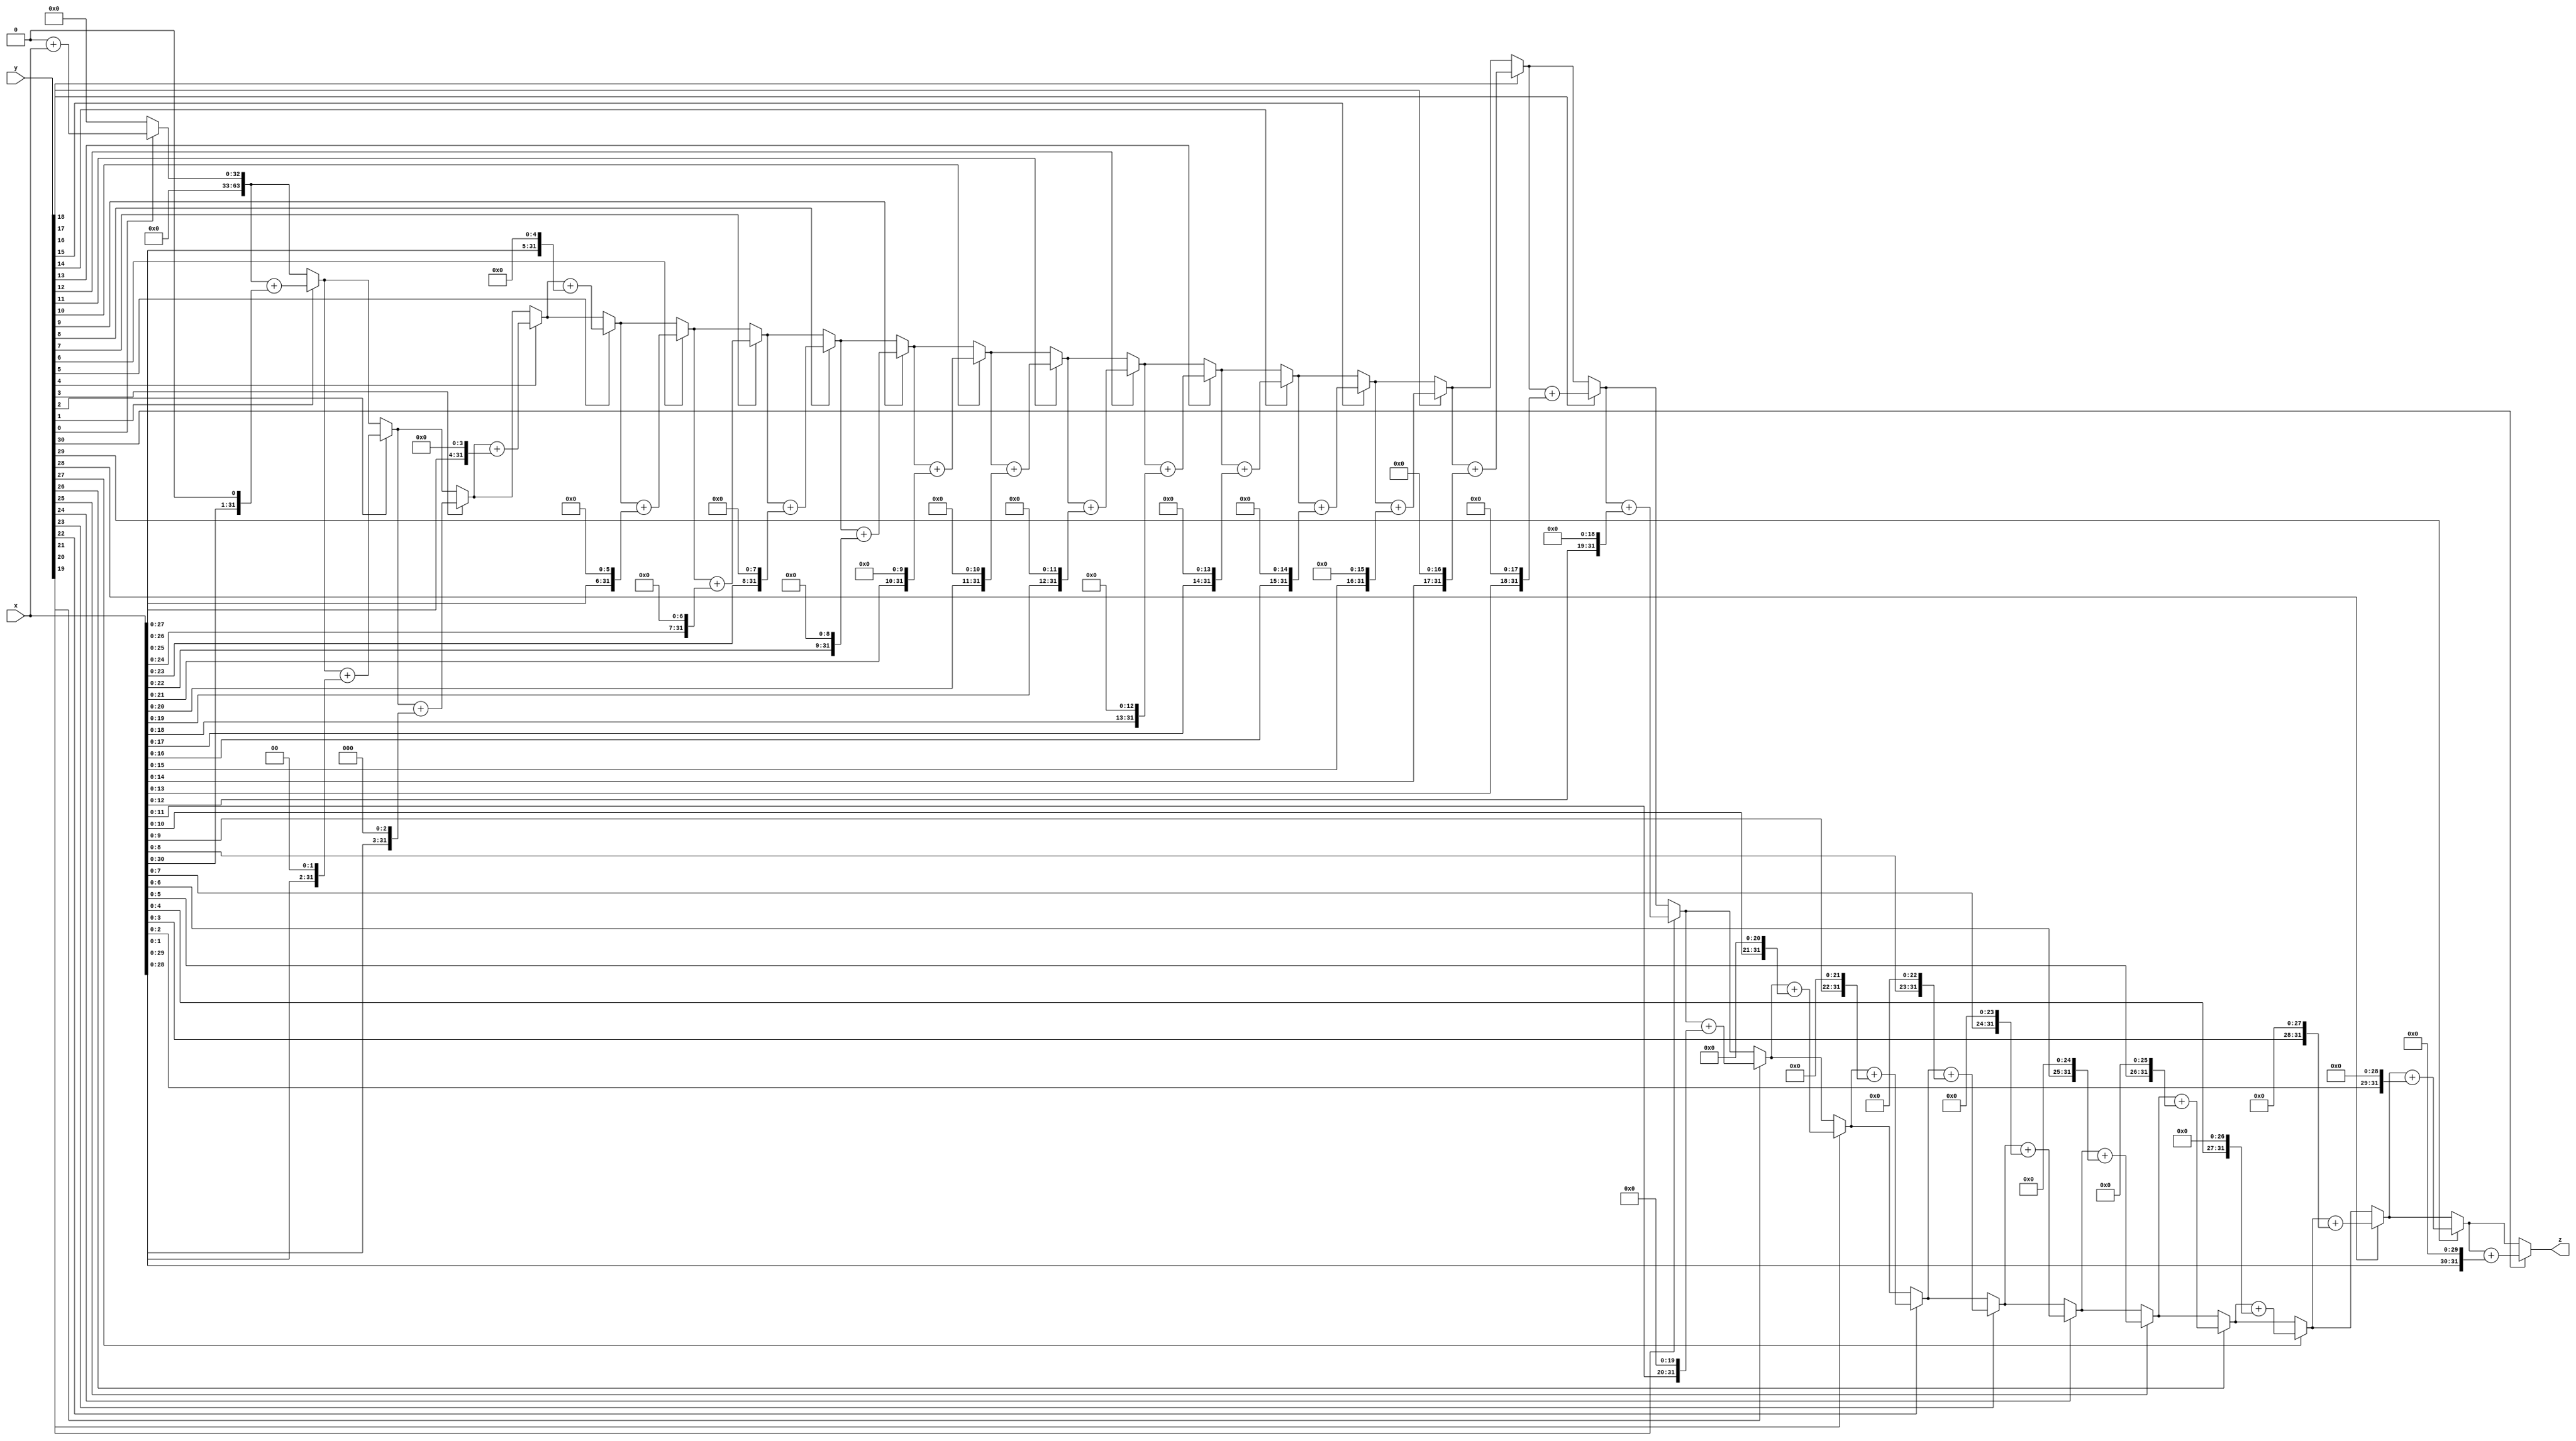
module multiplier(output reg [63:0] z, input [31:0] x, y); 
reg [31:0] a;
integer i; 

always @(x , y)
begin 
  a=x;
  z=0; //  0
  for(i=0;i<31;i=i+1) begin
    if (y[i])
      z = z + a; //  block assignment =
    a=a << 1;
  end
end
endmodule

module main; 
reg [31:0] a, b; 
wire [63:0] c; 

multiplier m(c, a, b); 

initial begin 
  a = 17;
  b = 7; 
  #10;
  $display("a=%d b=%d c=%d", a, b, c); 
end 

endmodule